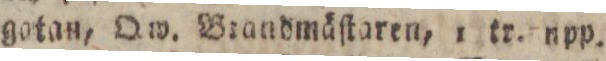
gotan, Qw. Brandmäſtaren, 1 tr. upp.